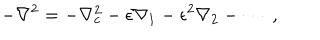
LaTeX: - \nabla ^ { 2 } = - \nabla _ { c } ^ { 2 } - \epsilon \nabla _ { 1 } - \epsilon ^ { 2 } \nabla _ { 2 } - \cdots \; ,